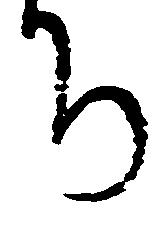
ち